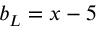
\, b _ { L } = x - 5